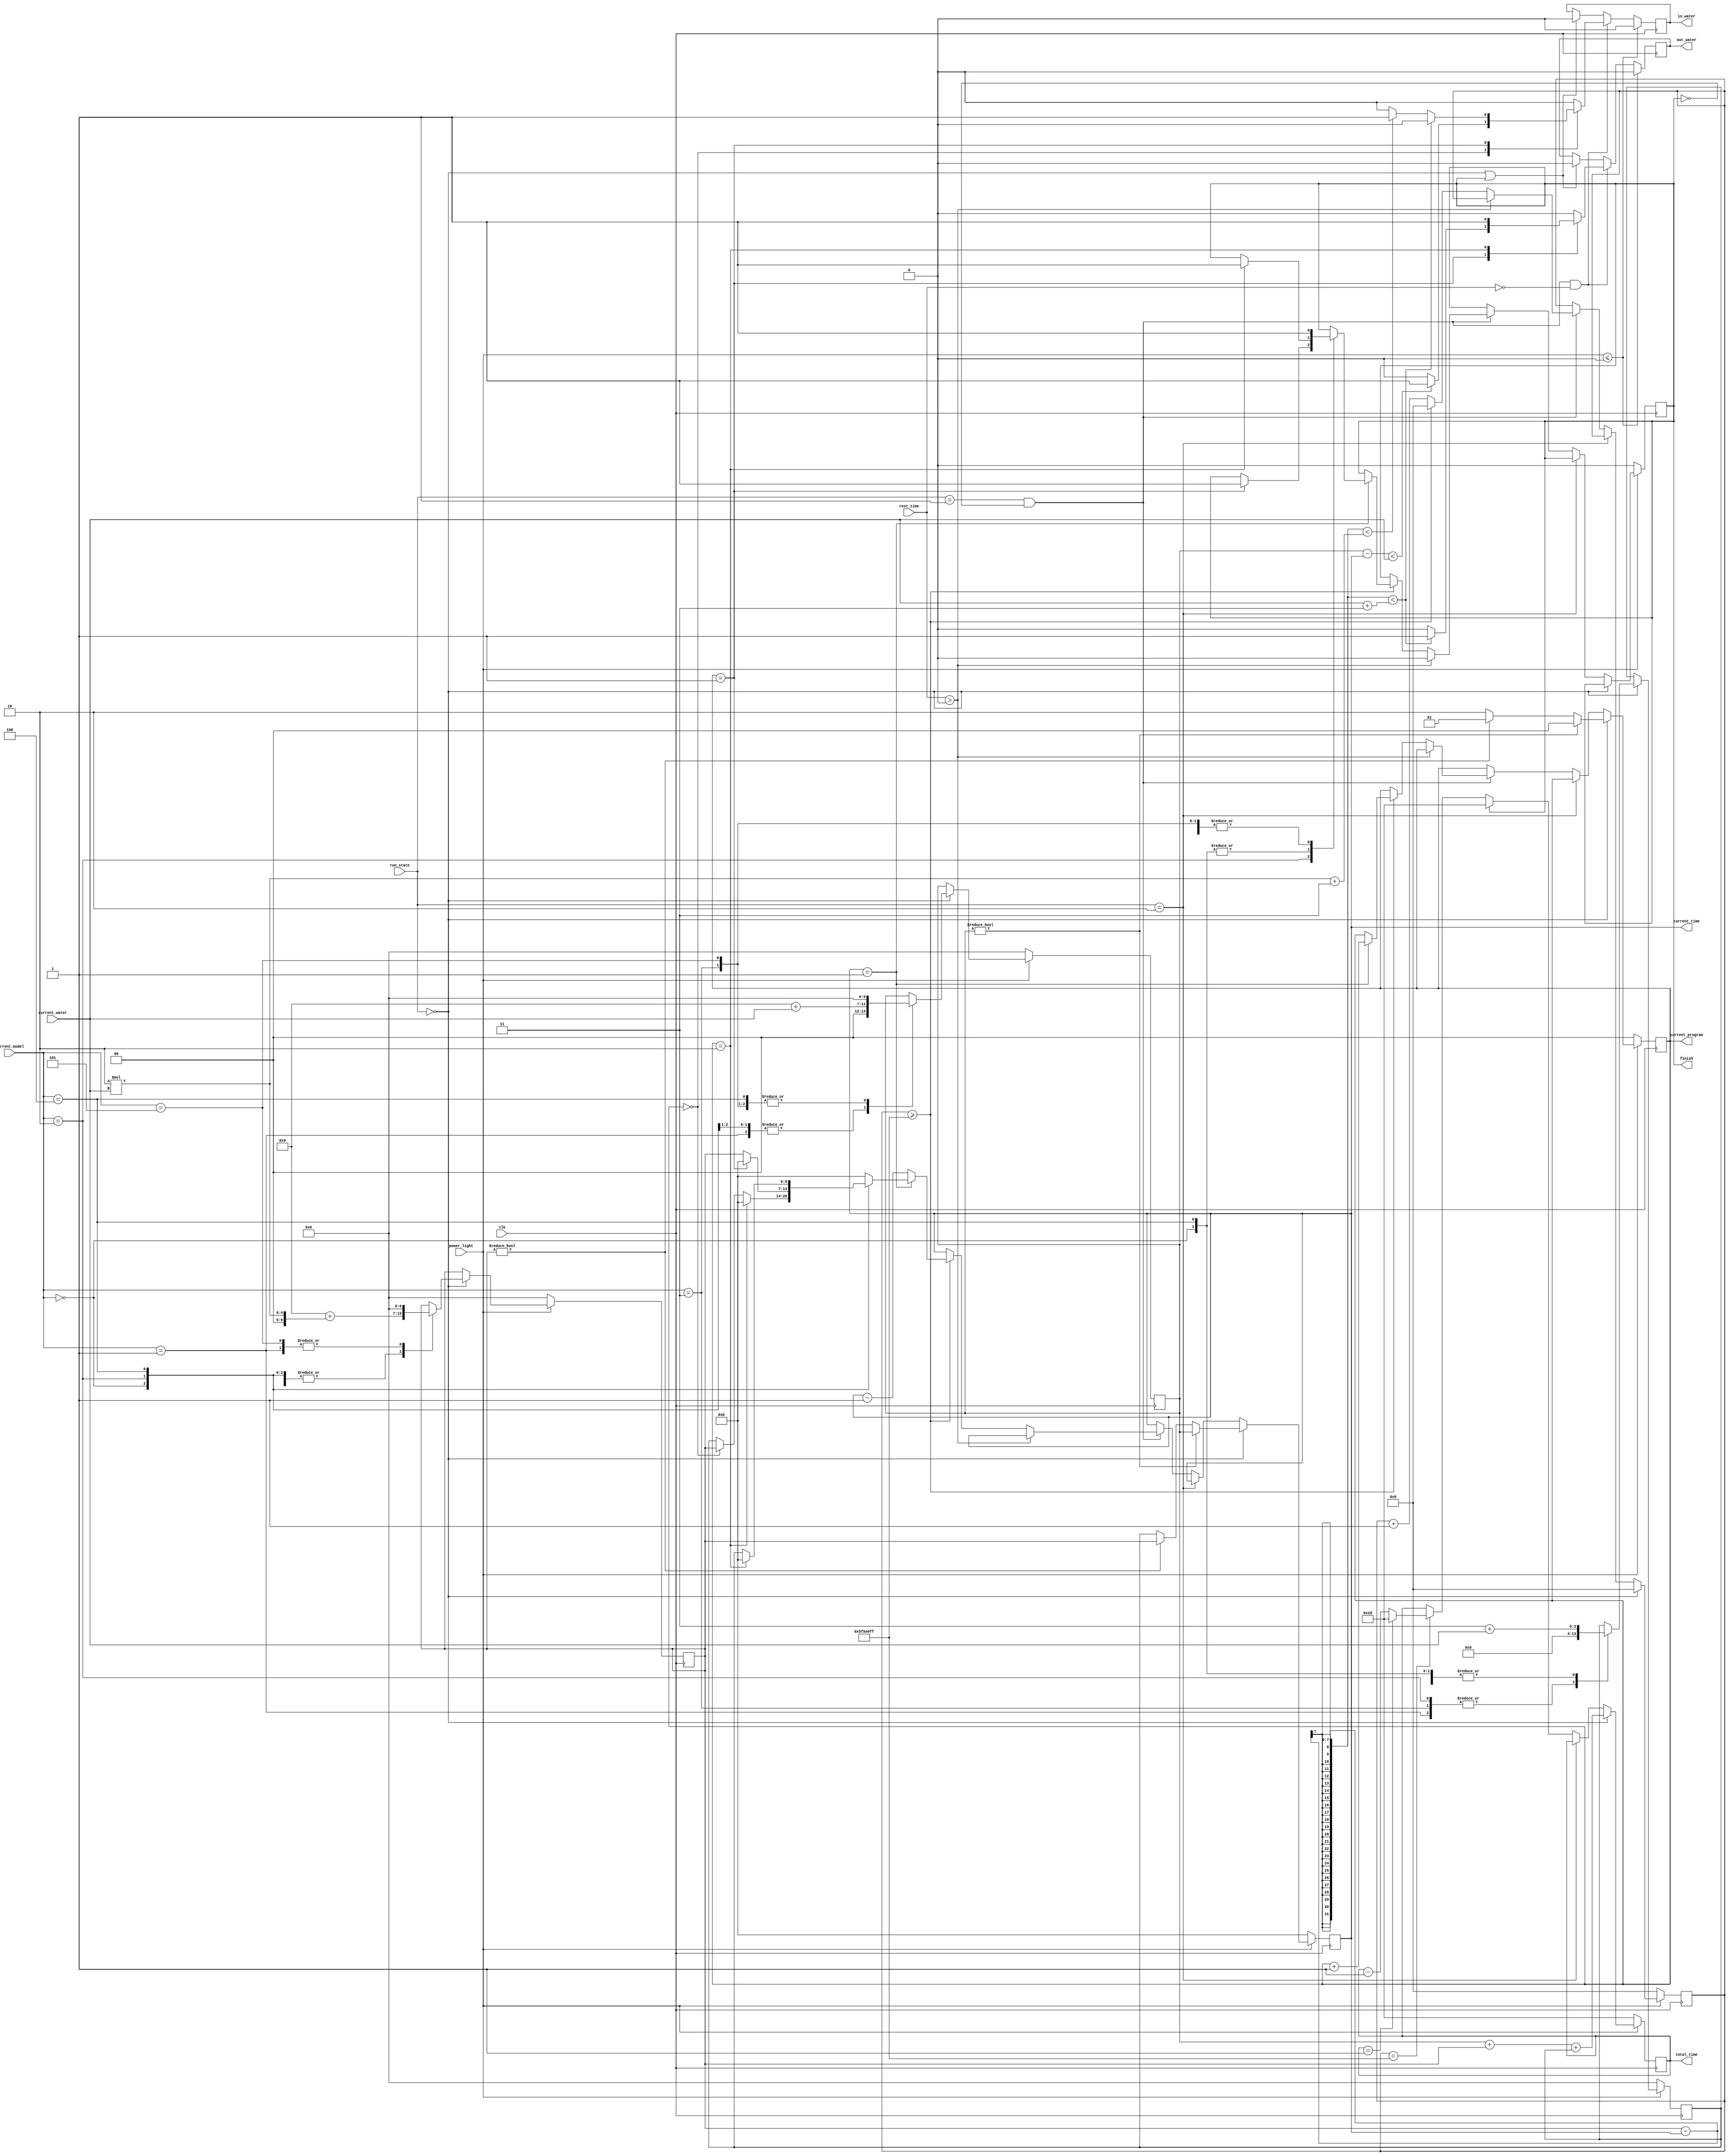
`timescale 1 ns / 1 ps
module time_control (clk,power_light,run_state,current_model,current_water,rest_time,
finish,current_time,total_time,current_program,in_water,out_water);
    input clk,power_light; //100MHZ,
    input [1:0] run_state; //
    input [2:0] current_model,current_water;//
    input [6:0] rest_time;
    output reg in_water,out_water,finish; //
    output reg[1:0] current_program;//
    output reg[6:0] current_time,total_time;//

    reg [6:0] wash_time,dwash_time,dry_time;
    reg [31:0] clk_counter;
    parameter N=100_000_000;
//    parameter N=5;//
    
    initial 
        begin
          in_water<=0;
          out_water<=0;
          current_program<=0;
          current_time<=11;
          total_time<=29;
          wash_time<=11;
          dwash_time<=13;
          dry_time<=5;
          clk_counter<=0;
          finish<=0;
        end

    // 
    // current_add
    always @ (posedge clk)
        begin
          if (power_light==1'b0) //
            begin
              wash_time<=7'b0000000;
              dwash_time<=7'b0000000;
              dry_time<=7'b0000000;
            end
          else if (run_state==2'b00) //
            begin
              case (current_model)
                3'b000://
                begin
                  wash_time<=9+current_water;
                  dwash_time<=9+2*current_water;
                  dry_time<=3+current_water;  
                end
                3'b001: //
                begin
                  wash_time<=9+current_water;
                  dwash_time<=0;
                  dry_time<=0;
                end 
                3'b010: //
                begin
                  wash_time<=9+current_water;
                  dwash_time<=9+2*current_water;
                  dry_time<=0;  
                end
                3'b011: //
                begin
                  wash_time<=0;
                  dwash_time<=9+2*current_water;
                  dry_time<=0;
                end
                3'b100: //
                begin
                  wash_time<=0;
                  dwash_time<=9+2*current_water;
                  dry_time<=3+current_water;  
                end
                3'b101: //
                begin
                  wash_time<=0;
                  dwash_time<=0;
                  dry_time<=3+current_water;  
                end
              endcase
            end
         else   
            begin
              wash_time<=wash_time;
              dwash_time<=dwash_time;
              dry_time<=dry_time;
            end
        end

    // current_time,current_program,finish.
    //current_time,current_program,finish
    always @(posedge clk)
        begin
          if (power_light==1'b0)      //
            begin 
              current_time<=11;
              current_program<=0;
              finish<=0;
              clk_counter<=0; 
            end
          else if (run_state==2'b00) //
            begin
              clk_counter<=0;
              if (wash_time) //0
                begin
                  current_time<=wash_time;
                  current_program<=2'b00;
                end
              else if (dwash_time)
                begin
                  current_time<=dwash_time;
                  current_program<=2'b01;
                end
              else
                begin
                  current_time<=dry_time;
                  current_program<=2'b10;
                end
            end
          else if (run_state==2'b10) //
            begin
              current_time<=current_time;//
              finish<=finish;
            end
          else if (run_state==2'b01&&finish==0)//current_timecurrent_program
            begin
            //0
              if(rest_time > 7'b0)
                begin
                    current_time<=current_time;
                    current_program<=current_program;
                    finish<=0;
                end
              else if (clk_counter>= N-1)  //1s
                begin
                  clk_counter<=32'd0;//
                  if (current_time==1) //
                    begin
                      current_program<=current_program+1;//
                      case (current_model) //current_time
                        3'b000://
                        if (current_program==2'b10) //
                          begin
                            finish<=1'b1;//
                            current_time<=32'd11;//
                          end
                        else if (current_program==0) //
                          current_time<=dwash_time;
                        else  //
                          current_time<=dry_time;
                        3'b001://
                        begin
                          finish<=1'b1;//
                          current_time<=32'd11;
                        end
                        3'b010://
                        if (current_program==1)
                          begin
                            finish<=1'b1;//
                            current_time<=32'd11;
                          end
                        else
                          current_time<=dwash_time;
                        3'b011://
                        begin
                          finish<=1'b1;
                          current_time<=32'd11;
                        end
                        3'b100://
                        if(current_program==2'b10)
                          begin
                            finish<=1'b1;//
                            current_time<=32'd11;
                          end
                        else
                          current_time<=dry_time;
                        3'b101://
                        begin
                          finish<=1'b1;
                          current_time<=32'd11;
                        end
                        default:current_time<=32'd11; 
                      endcase
                    end
                  else 
                    current_time<=current_time-1;
                end
              else 
                clk_counter<=clk_counter+1;
            end
          else //finish 
             current_time<=current_time;
        end
        
        
    //total_time
    always @(posedge clk)
      begin
        if (power_light==1'b0)
          total_time<=7'd29;
        else if (run_state==2'b00) //
          total_time<=wash_time+dwash_time+dry_time;
        else if (run_state==2'b10) //
          total_time<=total_time;
        else if (finish==1) //
          total_time<=7'd29;//
        else //
          begin
            if (clk_counter == N-1) //1s
              begin
                if (total_time==7'd1)//0
                  total_time<=7'd29;
                else
                  total_time<=total_time-1;
              end
            else
              total_time<=total_time;
          end
      end
     
    //
    always @ (posedge clk)
      begin
        if (power_light<=1'b0) //
          begin
            in_water<=0;
            out_water<=0;
          end
        else if (run_state==1&&finish==0&&rest_time==7'b0)//
          begin
            case (current_program)
              2'b00://
                if(wash_time-current_time < current_water)//
                  begin in_water<=1;out_water<=0; end
                else
                  begin in_water<=0;out_water<=0; end
              2'b01://
                if (dwash_time-current_time < current_water+3)//
                  begin in_water<=0;out_water<=1; end
                else if (dwash_time-current_time < 2*current_water+3)//
                  begin in_water<=1;out_water<=0; end
                else 
                  begin in_water<=0;out_water<=0;end
              2'b10://
                begin in_water<=0;out_water<=1;end
              default:begin in_water<=0; out_water<=0;end
            endcase
          end
        else if(run_state==2'b00||finish==1'b1)//
          begin in_water<=0;out_water<=0;end
        else //
          begin in_water<=in_water;out_water<=out_water; end
      end

endmodule